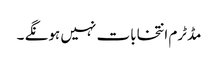
مڈٹرم انتخابات نہیں ہونگے ۔